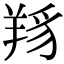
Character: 𦎋